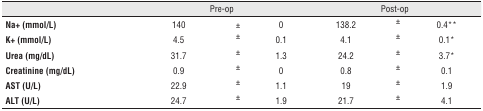
<table><thead><tr><td></td><td colspan="3"><b>Pre-op</b></td><td colspan="3"><b>Post-op</b></td></tr></thead><tbody><tr><td><b>Na+ (mmol/L)</b></td><td>140</td><td>±</td><td>0</td><td>138.2</td><td>±</td><td>0.4**</td></tr><tr><td><b>K+ (mmol/L)</b></td><td>4.5</td><td>±</td><td>0.1</td><td>4.1</td><td>±</td><td>0.1*</td></tr><tr><td><b>Urea (mg/dL)</b></td><td>31.7</td><td>±</td><td>1.3</td><td>24.2</td><td>±</td><td>3.7*</td></tr><tr><td><b>Creatinine (mg/dL)</b></td><td>0.9</td><td>±</td><td>0</td><td>0.8</td><td>±</td><td>0.1</td></tr><tr><td><b>AST (U/L)</b></td><td>22.9</td><td>±</td><td>1.1</td><td>19</td><td>±</td><td>1.9</td></tr><tr><td><b>ALT (U/L)</b></td><td>24.7</td><td>±</td><td>1.9</td><td>21.7</td><td>±</td><td>4.1</td></tr></tbody></table>